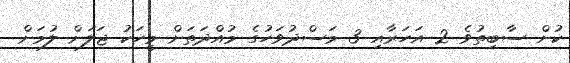
ކުށް ސާބިތުވެ 2 އަހަރާއި 3 މަސްދުވަހުގެ މުއްދަތަށް މީހަކު ޖަލަށް ލުމަށް